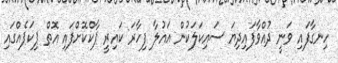
ހިނގާފައި ވަނީ ދުއްވާފައިދިޔަ ސައިކަލަކުން އައުލާ ފިހާރަ ކައިރީ ޕާކްކޮށްފައި އޮތް ޕިކަޕެއްގައި